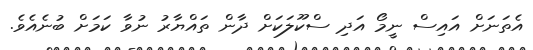
އެތަނަށް އައިސް ނީމޯ އަދި ސްކޫލަކަށް ދާން ތައްޔާރު ނުވާ ކަމަށް ބުނެއެވެ.